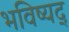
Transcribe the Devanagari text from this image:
भविष्यद्